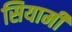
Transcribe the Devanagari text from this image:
सियामी